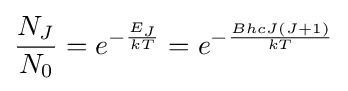
{\frac {N_{J}}{N_{0}}}=e^{-{\frac {E_{J}}{kT}}}=e^{-{\frac {BhcJ(J+1)}{kT}}}